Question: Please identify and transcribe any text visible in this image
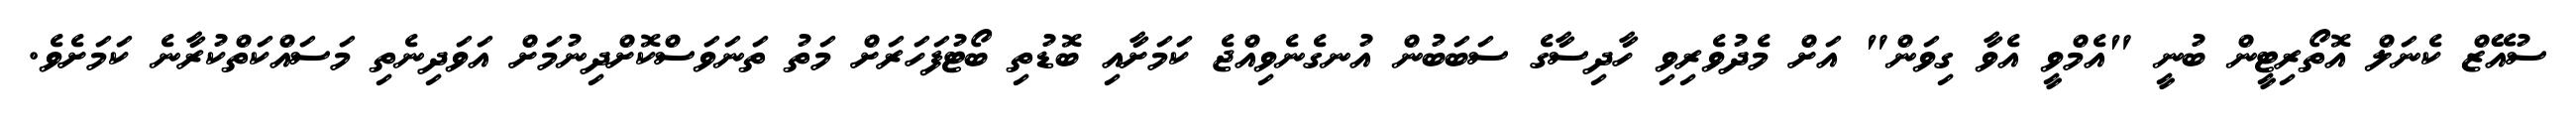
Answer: ސުއޭޒް ކެނަލް އޮތޯރިޓީން ބުނީ "އެމްވީ އެވާ ގިވަން" އަށް މެދުވެރިވި ހާދިސާގެ ސަބަބުން އުނގެނެވިއްޖެ ކަމަށާއި ބޮޑުތި ބޯޓުފަހަރަށް މަތު ތަނަވަސްކޮށްދިނުމަށް އަވަދިނެތި މަސައްކަތްކުރާނެ ކަމަށެވެ.